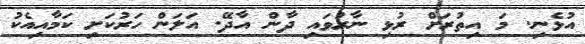
އުޅެނި. މަ އިތުރަށް ރުޅި ނާރުވައި ދާން އާދޭ. އަލަން ހަރުކަށި ކަމާއިއެކު